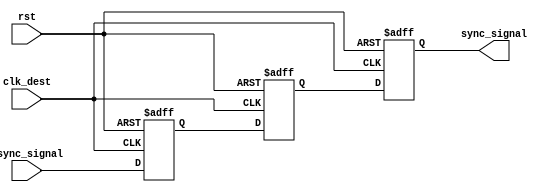
module triple_flip_flop_synchronizer (
    input wire clk_dest,          // Destination clock
    input wire rst,               // Reset signal
    input wire async_signal,      // Asynchronous input signal
    output reg sync_signal        // Synchronized output signal
);

    // Internal signals for the flip-flops
    reg ff1_out;
    reg ff2_out;

    // First flip-flop: samples the asynchronous signal
    always @(posedge clk_dest or posedge rst) begin
        if (rst) begin
            ff1_out <= 1'b0;       // Reset state
        end else begin
            ff1_out <= async_signal; // Capture the async signal
        end
    end

    // Second flip-flop: samples the output of the first FF
    always @(posedge clk_dest or posedge rst) begin
        if (rst) begin
            ff2_out <= 1'b0;       // Reset state
        end else begin
            ff2_out <= ff1_out;    // Capture the output of FF1
        end
    end

    // Third flip-flop: samples the output of the second FF
    always @(posedge clk_dest or posedge rst) begin
        if (rst) begin
            sync_signal <= 1'b0;    // Reset state
        end else begin
            sync_signal <= ff2_out;  // Capture the output of FF2
        end
    end

endmodule